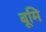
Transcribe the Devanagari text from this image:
बूमि